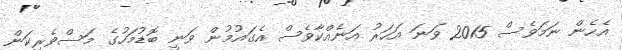
އެހެން ނަމަވެސް 2015 ވަނަ އަހަރު އަނެއްކާވެސް އެގައުމުން ވަނީ ބޮޑުމަހުގެ މަސްވެރިކަން